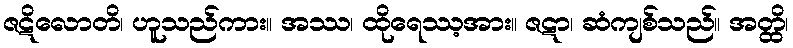
ဇဋိလောတိ၊ ဟူသည်ကား။ အဿ၊ ထိုရေဿ့အား။ ဇဋာ၊ ဆံကျစ်သည်။ အတ္ထိ၊